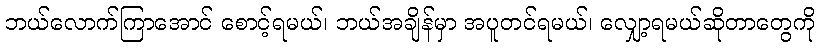
ဘယ်လောက်ကြာအောင် စောင့်ရမယ်၊ ဘယ်အချိန်မှာ အပူတင်ရမယ်၊ လျှော့ရမယ်ဆိုတာတွေကို